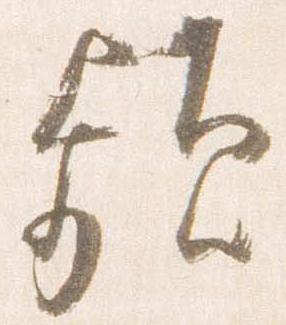
頻